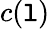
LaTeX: c(\mathtt{l})